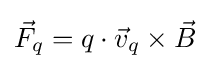
{\vec {F}}_{q}=q\cdot {\vec {v}}_{q}\times {\vec {B}}